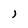
Character: i